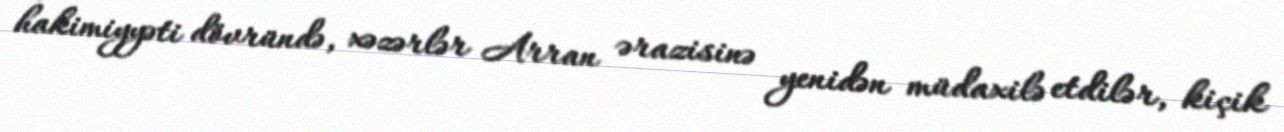
hakimiyyəti dövründə, xəzərlər Arran ərazisinə yenidən müdaxilə etdilər, kiçik